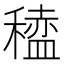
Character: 𫁆